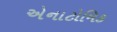
એનાટોમિક